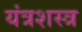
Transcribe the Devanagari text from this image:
यंत्रशस्त्र